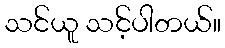
သင်ယူ သင့်ပါတယ်။